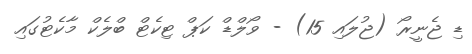
ޑި ޖެނީރޯ (ޖުލައި 15) - ވޯލްޑް ކަޕް ޓިކެޓް ބްލެކް މާކެޓުގައި